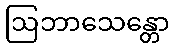
ဩဘာသေန္တော